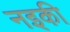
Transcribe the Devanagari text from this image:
नइकी